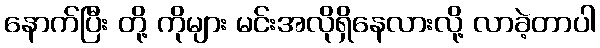
နောက်ပြီး တို့ ကိုများ မင်းအလိုရှိနေလားလို့ လာခဲ့တာပါ